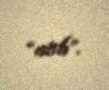
“atıb”.